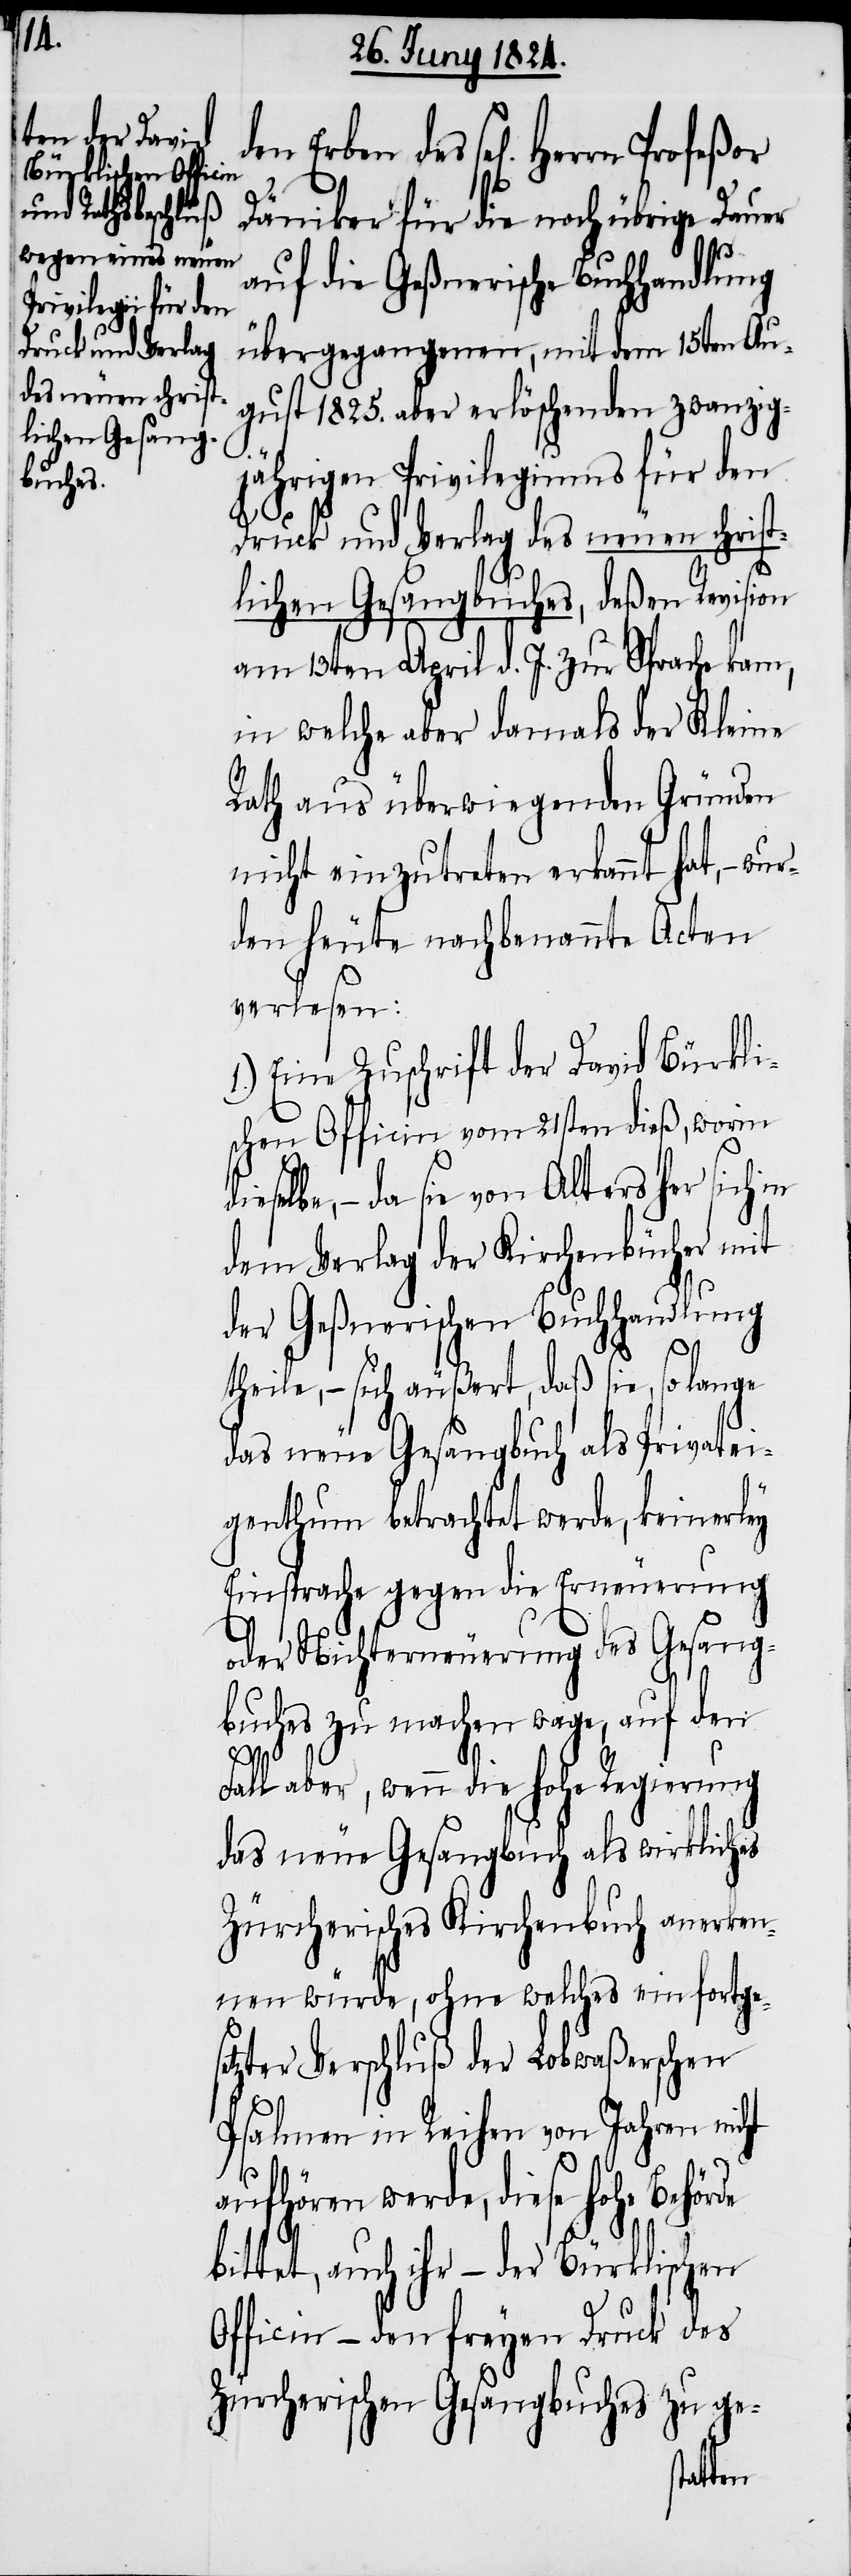
den Erben des sel[igen] Herrn
Däniker für die noch übrige Dauer
dies¬
auf die Geßnerische Buchhandlung
übergegangenen, mit dem 15ten Au¬
gust 1825. aber erlöschenden zwanzig¬
jährigen Privilegiums für den
Druck und Verlag des neuen christ¬
lichen Gesangbuches, deßen Revision
am 13ten April d. J. zur Sprache kam,
in welche aber damals der Kleine
Rath aus überwiegenden Gründen
nicht einzutreten erkannt hat, – wu¬
rden heute nachbenannte Acten
verlesen:
1.) Eine Zuschrift der David Bürkli¬
schen Officin vom 21sten dieß, worin
elbe, – da sie von Alters her sich in
dem Verlag der Kirchenbücher mit
der Geßnerischen Buchhandlung
theile, – sich äußert, daß sie, so lange
das neue Gesangbuch als Privatei¬
de
genthum betrachtet werde, keinerley
Einsprache gegen die Erneuerung
oder Nichterneuerung des Gesang¬
buches zu machen wage, auf den
Fall aber, wenn die hohe Regierung
das neue Gesangbuch als wirkliches
Zürcherisches Kirchenbuch anerken¬
nen würde, ohne welches ein fortges¬
etzter Verschluß der Lobwaßerschen
Psalmen in Reihen von Jahren nicht
aufhören werde, diese hohe Behör¬
bittet, auch ihr – der Bürklischen
Officin – den freyen Druck des
Zürcherischen Gesangbuches zu ge-